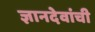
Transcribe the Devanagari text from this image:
ज्ञानदेवांची